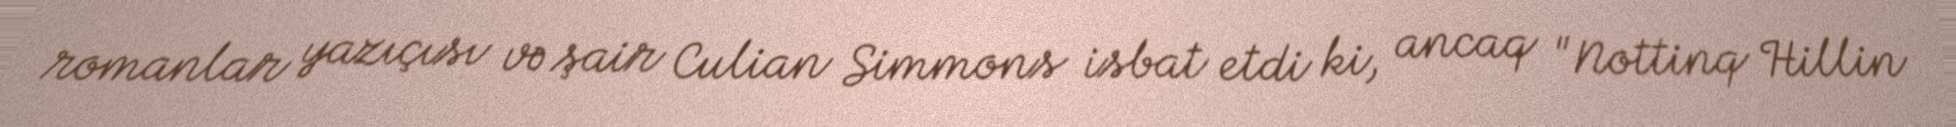
romanlar yazıçısı və şair Culian Simmons isbat etdi ki, ancaq "Nottinq Hillin